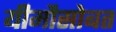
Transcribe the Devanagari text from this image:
यीमौसोबत